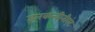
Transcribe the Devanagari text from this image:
इनकन्वीनीएंट